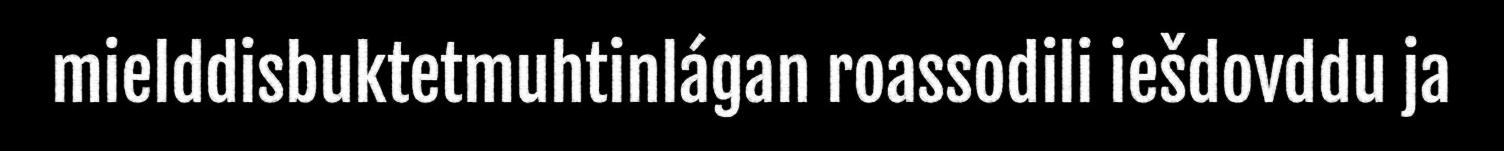
mielddisbuktetmuhtinlágan roassodili iešdovddu ja